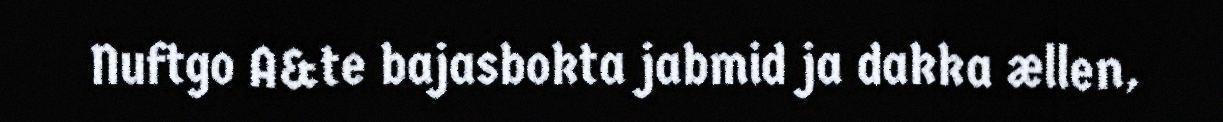
Nuftgo A&te bajasbokta jabmid ja dakka ællen,